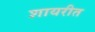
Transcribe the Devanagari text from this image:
शायरीत